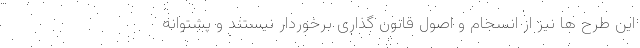
این طرح ها نیز از انسجام و اصول قانون گذاری برخوردار نیستند و پشتوانه